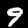
Digit: 9